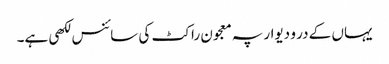
یہاں کے در و دیوار پہ معجون راکٹ کی سائنس لکھی ہے۔